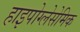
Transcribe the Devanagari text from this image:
हाइपोग्लेसेमिक